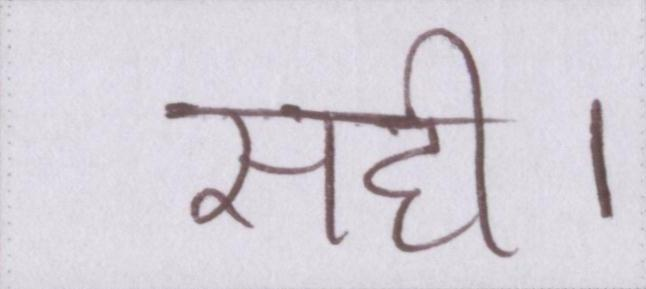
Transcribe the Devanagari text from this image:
सही।